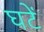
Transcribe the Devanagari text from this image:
घटें